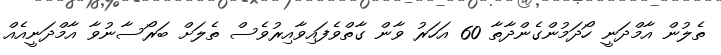
ތެލުން އާމްދަނީ ހޯދަމުންގެންދާތާ 60 އަހަރު ވާން ގާތްވެފައިވާއިރުވެސް ތެލަށް ބަރޯސާނުވާ އާމްދަނީއެއް